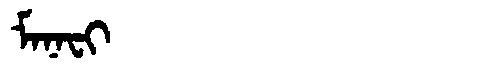
Manchu: ᠮᠠᠨᠠᠸᡳ
Romanization: MANAFI